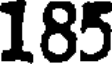
185